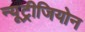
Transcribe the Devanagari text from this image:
न्यूट्रीजियोन